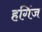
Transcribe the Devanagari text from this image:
हगिंज